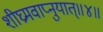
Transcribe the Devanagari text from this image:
शीघ्रमवाप्नुयात्॥४॥